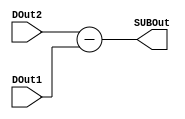



module sub(input [7:0]DOut2,input [7:0]DOut1,output [7:0]SUBOut);


assign SUBOut = DOut2 - DOut1;    


endmodule